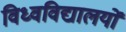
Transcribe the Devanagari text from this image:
विध्वविद्यालयों